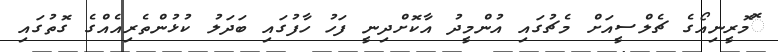
ޮމޮރީނިއޯގެ ޗެލްސީއަށް މެޗުގައި އުންމީދު އާކޮށްދިނީ ފަހު ހާފުގައި ބަދަލު ކުޅުންތެރިއެއްގެ ގޮތުގައި